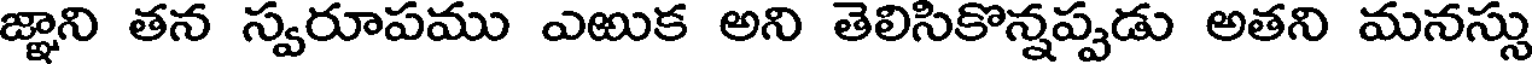
జ్ఞాని తన స్వరూపము ఎఱుక అని తెలిసికొన్నప్పడు అతని మనస్సు